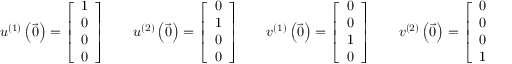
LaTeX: u ^ { ( 1 ) } \left( { \vec { 0 } } \right) = { \left[ \begin{array} { l } { 1 } \\ { 0 } \\ { 0 } \\ { 0 } \end{array} \right] } \qquad u ^ { ( 2 ) } \left( { \vec { 0 } } \right) = { \left[ \begin{array} { l } { 0 } \\ { 1 } \\ { 0 } \\ { 0 } \end{array} \right] } \qquad v ^ { ( 1 ) } \left( { \vec { 0 } } \right) = { \left[ \begin{array} { l } { 0 } \\ { 0 } \\ { 1 } \\ { 0 } \end{array} \right] } \qquad v ^ { ( 2 ) } \left( { \vec { 0 } } \right) = { \left[ \begin{array} { l } { 0 } \\ { 0 } \\ { 0 } \\ { 1 } \end{array} \right] }